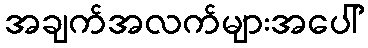
အချက်အလက်များအပေါ်